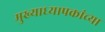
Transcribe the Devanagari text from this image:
मुख्याध्यापकांच्या